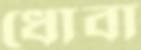
ধোবা